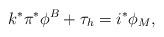
LaTeX: \begin{align*} k^*\pi^*\phi^B + \tau_h = i^*\phi_M,\end{align*}